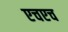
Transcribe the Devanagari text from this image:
एचएच